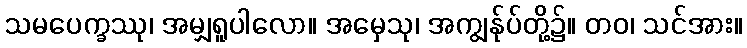
သမပေက္ခဿု၊ အမျှရူပါလော။ အမှေသု၊ အကျွန်ုပ်တို့၌။ တဝ၊ သင်အား။